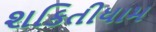
શકિતીધામ